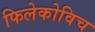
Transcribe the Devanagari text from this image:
फिलेकोविच